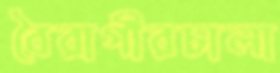
বৈরাগীরচালা